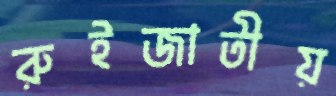
রুইজাতীয়